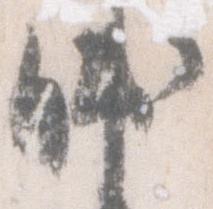
帥